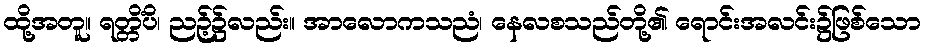
ထို့အတူ။ ရတ္တိံပိ၊ ညဉ့်၌လည်း။ အာလောကသညံ၊ နေလစသည်တို့၏ ရောင်းအလင်း၌ဖြစ်သော